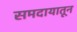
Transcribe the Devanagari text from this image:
समदायातून